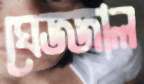
ঘেজ্জাল